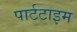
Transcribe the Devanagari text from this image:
पार्टटाइम